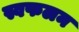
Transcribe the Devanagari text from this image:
स्वफलन